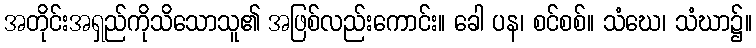
အတိုင်းအရှည်ကိုသိသောသူ၏ အဖြစ်လည်းကောင်း။ ခေါ ပန၊ စင်စစ်။ သံဃေ၊ သံဃာ၌။